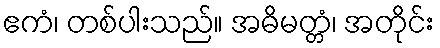
ဧကံ၊ တစ်ပါးသည်။ အဓိမတ္တံ၊ အတိုင်း